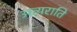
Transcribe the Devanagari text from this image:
अत्यराति